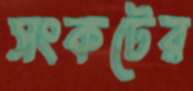
সংকটের